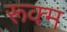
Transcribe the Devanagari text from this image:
रूक्म